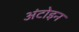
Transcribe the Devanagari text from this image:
अंटोइन